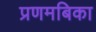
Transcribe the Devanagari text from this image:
प्रणमबिका